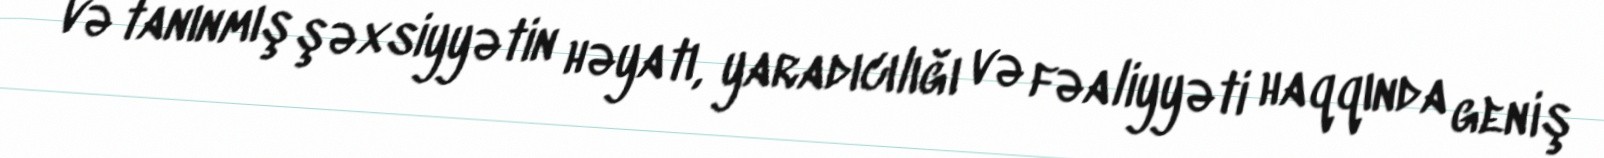
və tanınmış şəxsiyyətin həyatı, yaradıcılığı və fəaliyyəti haqqında geniş